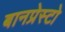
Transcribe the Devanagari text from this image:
बानप्रेस्टो